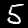
Label: 5